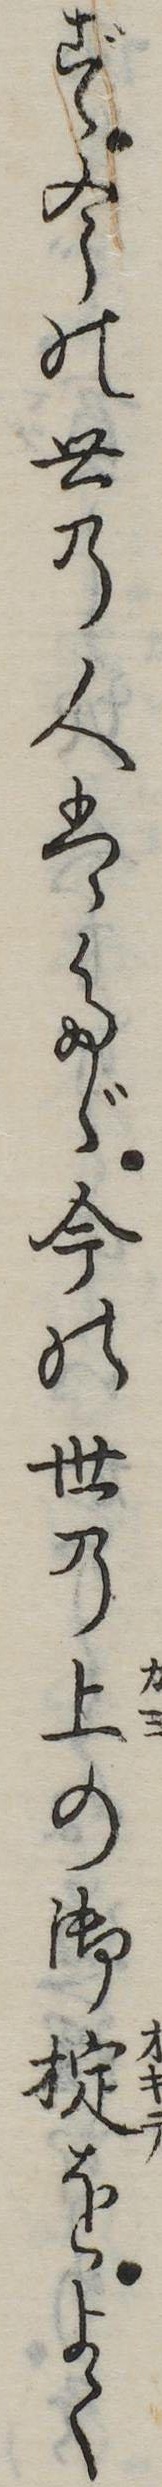
ず今の世の人はたゞ今の世の上の御掟をよく